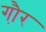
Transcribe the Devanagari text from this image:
गौ़र